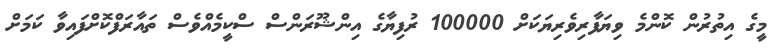
މީގެ އިތުރުން ކޮންމެ ވިޔަފާރިވެރިޔަކަށް 100000 ރުފިޔާގެ އިންޝޫރަންސް ސްކީމެއްވެސް ތައާރަފްކޮށްފައިވާ ކަމަށް